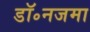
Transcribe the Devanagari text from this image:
डॉ॰नजमा